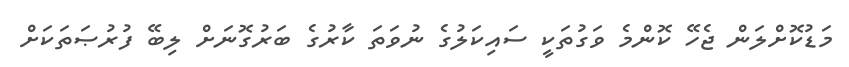
މަޑުކޮށްލަން ޖެހޭ ކޮންމެ ވަގުތަކީ ސައިކަލުގެ ނުވަތަ ކާރުގެ ބަރުގޮނަށް ލިބޭ ފުރުޞަތަކަށް